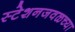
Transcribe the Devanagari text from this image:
स्टेशनजवळच्या